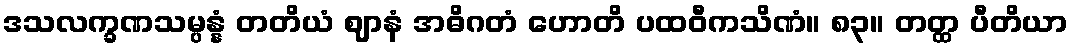
ဒသလက္ခဏသမ္ပန္နံ တတိယံ ဈာနံ အဓိဂတံ ဟောတိ ပထဝီကသိဏံ။ ၈၃။ တတ္ထ ပီတိယာ